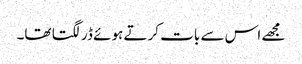
مجھے اس سے بات کرتے ہوئے ڈر لگتا تھا۔